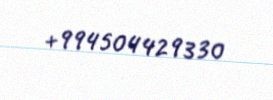
+994504429330